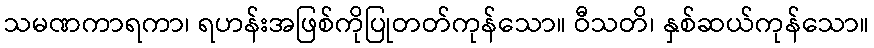
သမဏကာရကာ၊ ရဟန်းအဖြစ်ကိုပြုတတ်ကုန်သော။ ဝီသတိ၊ နှစ်ဆယ်ကုန်သော။